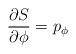
\begin{align*}{\partial S\over\partial\phi}=p_\phi\end{align*}